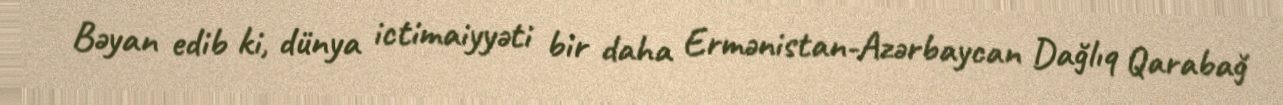
Bəyan edib ki, dünya ictimaiyyəti bir daha Ermənistan-Azərbaycan Dağlıq Qarabağ